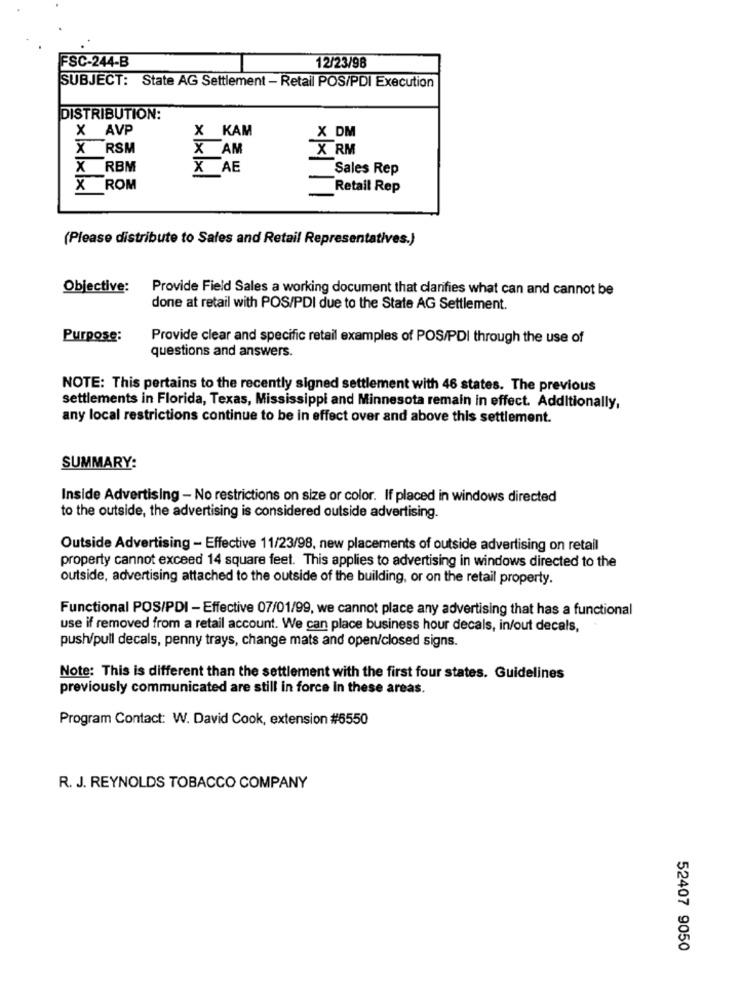
FSC-244-B
12/23/98
SUBJECT: State AG Settlement - Retail POS/PDI Execution
DISTRIBUTION:
X AVP
X KAM
X DM
X RSM
X AM
X RM
X
RBM
X AE
Sales Rep
X ROM
Retail Rep
(Please distribute to Sales and Retail Representatives.)
Objective:
Provide Field Sales a working document that clanfies what can and cannot be
done at retail with POS/PDI due to the State AG Settlement.
Purpose:
Provide clear and specific retail examples of POS/PDI through the use of
questions and answers.
NOTE: This pertains to the recently signed settlement with 46 states. The previous
settlements in Florida, Texas, Mississippi and Minnesota remain in effect. Additionally,
any local restrictions continue to be in effect over and above this settlement.
SUMMARY:
Inside Advertising - No restrictions on size or color. If placed in windows directed
to the outside, the advertising is considered outside advertising.
Outside Advertising - Effective 11/23/98, new placements of outside advertising on retail
property cannot exceed 14 square feet. This applies to advertising in windows directed to the
outside, advertising attached to the outside of the building, or on the retail property.
Functional POS/PDI - Effective 07/01/99, we cannot place any advertising that has a functional
use if removed from a retail account. We can place business hour decals, in/out decals,
push/pull decals, penny trays, change mats and open/closed signs.
Note: This is different than the settlement with the first four states. Guidelines
previously communicated are still in force In these areas.
Program Contact: W. David Cook, extension #6550
R. J. REYNOLDS TOBACCO COMPANY
52407 9050